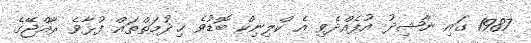
1987 ގައި ނާޝިދު އުފެއްދެވި އެ ކްލިނިކް ބޮޑުވެ ޚިދުމަތްތައް ފުޅާވެ ރާއްޖޭގެ